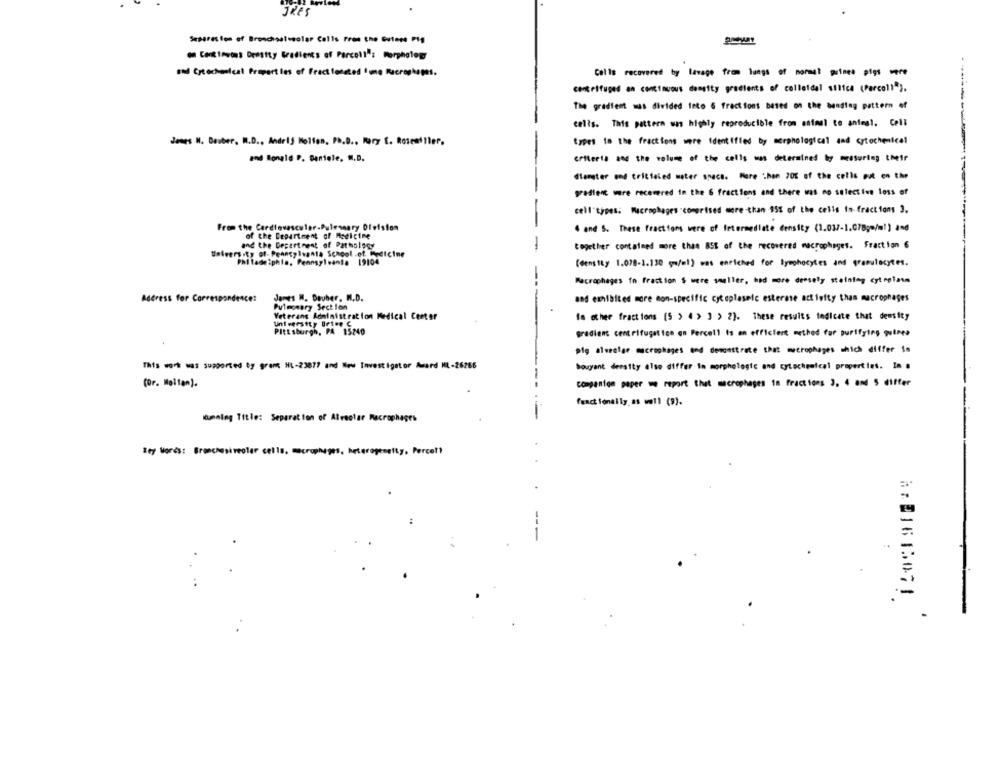
Jkes
Separes ton of Bronchoalssolar Calls From the Gutane PIS
Constantes Density Gradients of Parcoll's Morpholog
and Cachenical Properties of Fractionated Ime Recrophopes .
Cells recovered by lavage from lungs of normal prince pigs were
centrifuged en continuous density gradients of colloidal silica (Parcom)").
The gradfest was divided into 6 fractions based on the bending pattern of
cells. This pattern was highly reproducible from animal to antesl. Cell
Jenes N. Deuber, M.D ., Andrij Holfen, Ph.D ., Rory E. Rosemiller,
types in the fractions were identified by morphological and cytochemical
and longld P. Santole, M.D.
criteria and the volume of the cells was determined by measuring their
flereter god tricialed water snaca. More Than 20℃ of the cells put en the
gradient ware recovered in the 6 fractions and there was no selecties loss of
cell"types. Macrophages comprised more than 15% of the cells is- fractions 3.
From the Cardiovascular.Pulesmary Division
4 and S. These fractions were of letermedlate density (1.037-1.078g /ml) and
of the Department of Medicine
and the Department of Pathology
-
together contained more than 85% of the recovered macrophages. Fraction 6
University of Pennsylvania School.of. indicine
Philadelphia, Pennsylvania 19104
(density 1.078-1.130 g/ml) was enriched for lymphocytes and granulocytes.
Macrophages in fraction $ were smaller, had more densely staining cytoplasm
Address for Correspondence:
James M. Dauber, M.D.
and exhibited more mon-specific cytoplasmic esterase activity than macrophages
Pulmonary Section
Veterans Administration Medical Center
Is other fractions (S ) 4 > ] > 2). These results indicate that density
University Orten C
Pittsburgh, PA 15240
gradient centrifugation an Percell Is an efficient method for purifying quines
pig alveolar macrophages and demonstrate that macrophages which differ in
This work was supported by gram HL-23877 and New Investigator Award ML-26266
bouyant deesity also differ in morphologic and cytochemical properties. In .
companion paper we report that macrophages 18 fractions 3, 4 and 5 differ
functionally.as well (9).
mming Title: Separation of Alveolar Macrophages
Key Words: Branchepireoler cells, macrophages, heterogeneity, Percell
8:21615071